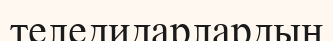
теледидарлардың